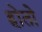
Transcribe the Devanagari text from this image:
होताे